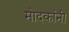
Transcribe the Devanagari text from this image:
मोदकांनी